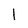
Character: I